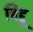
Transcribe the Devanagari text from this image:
बिद्दू